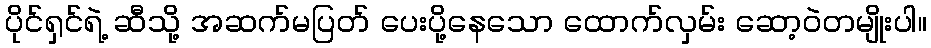
ပိုင်ရှင်ရဲ့ ဆီသို့ အဆက်မပြတ် ပေးပို့နေသော ထောက်လှမ်း ဆော့ဝဲတမျိုးပါ။